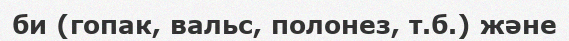
би (гопак, вальс, полонез, т.б.) және